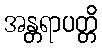
အန္တရာပတ္တိ